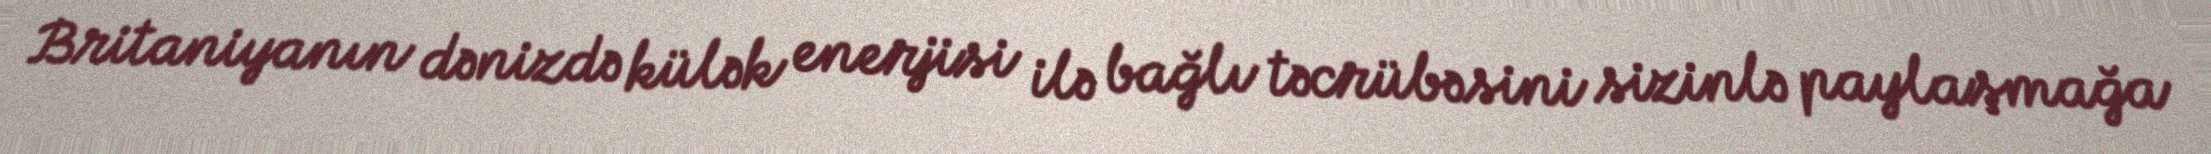
Britaniyanın dənizdə külək enerjisi ilə bağlı təcrübəsini sizinlə paylaşmağa